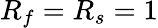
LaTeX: R_{f}=R_{s}=1